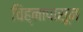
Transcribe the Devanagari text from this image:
चिह्नापासून